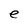
Character: e